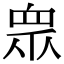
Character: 衆